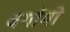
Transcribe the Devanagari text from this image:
बर्गामो